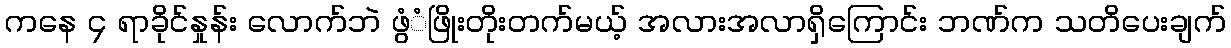
ကနေ ၄ ရာခိုင်နှုန်း လောက်ဘဲ ဖွံံဖြိုးတိုးတက်မယ့် အလားအလာရှိကြောင်း ဘဏ်က သတိပေးချက်